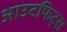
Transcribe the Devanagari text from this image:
आउटफिट्स